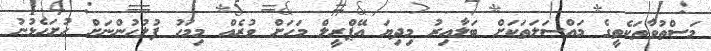
މަސްތުވާތަކެތީގެ މައްސަލަތަކަށް ބަލާއިރު މިދިޔަ އޭޕްރީލް މަހަށް ވުރެއް މިމަހު ފުލުހުންނަށް ހުށަހެޅުނު